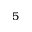
5